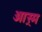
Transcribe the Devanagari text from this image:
आस्र्म